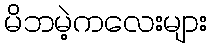
မိဘမဲ့ကလေးများ